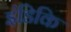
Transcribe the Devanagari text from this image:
इंडिकि